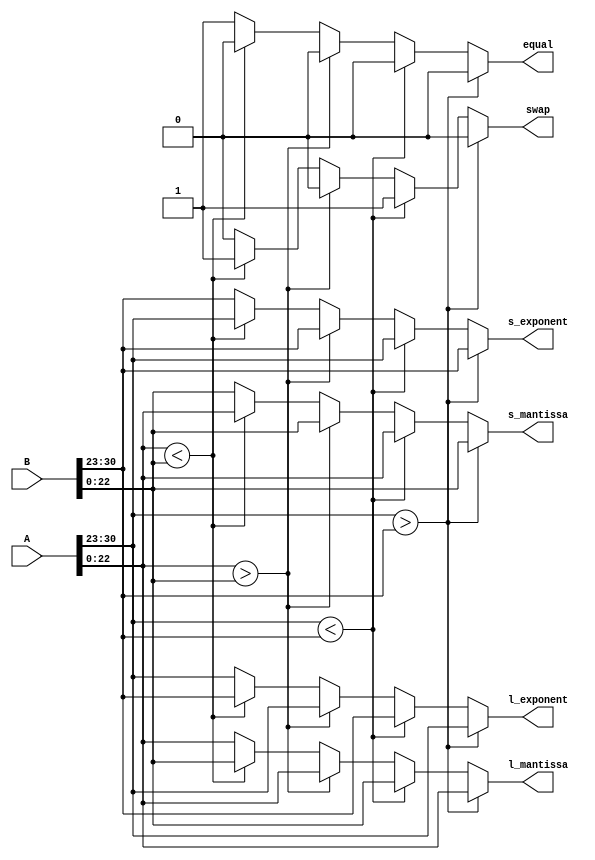
module detect_large(
input         wire          [31:0]           A,
input         wire          [31:0]           B,
output        reg                            equal,                      
output        reg           [7:0]            s_exponent,           
output        reg           [7:0]            l_exponent,           
output        reg           [22:0]           l_mantissa,           
output        reg           [22:0]           s_mantissa,
output        reg                            swap           
);



always@(*)
begin
	if(A[30:23] > B[30:23])
		begin
			equal = 1'b0;
			l_exponent = A[30:23];
			s_exponent = B[30:23];
			l_mantissa = A[22:0];
			s_mantissa = B[22:0];
			swap = 1'b0;
		end
	else if (A[30:23] < B[30:23])
		begin
			equal = 1'b0;
			l_exponent = B[30:23];
			s_exponent = A[30:23];
			l_mantissa = B[22:0];
			s_mantissa = A[22:0] ;
			swap = 1'b1;
		end
	else
		begin
			if(A[22:0] > B[22:0]) begin
			equal = 1'b0;
			l_exponent = A[30:23];
			s_exponent = B[30:23];
			l_mantissa = A[22:0];
			s_mantissa = B[22:0] ;
			swap = 1'b0;
			end
			else if(A[22:0] < B[22:0]) begin
			equal = 1'b0;
			l_exponent = B[30:23];
			s_exponent = A[30:23];
			l_mantissa = B[22:0];
			s_mantissa = A[22:0] ;
			swap = 1'b1;
		    end
			else
			begin
			equal = 1'b1;
			l_exponent = A[30:23];
			s_exponent = B[30:23];
			l_mantissa = A[22:0];
			s_mantissa = B[22:0] ;
			swap = 1'b0;
			end
		end

end


endmodule